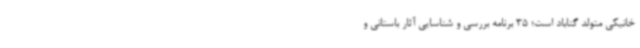
خانیکی متولد گناباد است؛ 35 برنامه بررسی و شناسایی آثار باستانی و